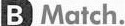
B)Match.